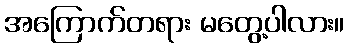
အကြောက်တရား မတွေ့ပါလား။